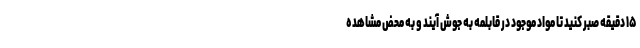
۱۵ دقیقه صبر کنید تا مواد موجود در قابلمه به جوش آیند و به محض مشاهده‌